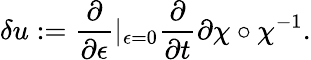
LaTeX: \delta u:=\frac{\partial}{\partial\epsilon}|_{\epsilon=0}\frac{\partial}{\partial t}{\partial\chi}\circ\chi^{-1}.